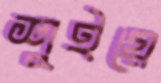
শুইয়ে